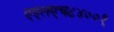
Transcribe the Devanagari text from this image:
एएलएच८४००१